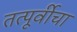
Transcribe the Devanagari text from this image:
तत्पूर्वीचा